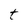
Character: t